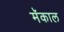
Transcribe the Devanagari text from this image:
मॅकाल